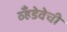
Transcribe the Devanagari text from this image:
व्हँडेवेची